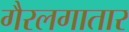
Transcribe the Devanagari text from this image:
गैरलगातार